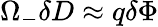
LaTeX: \Omega_{-}\delta D\approx q\delta\Phi